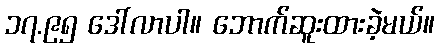
၁၇.၉၅ ဒေါ်လာပါ။ ဘောက်ဆူးထားခဲ့မယ်။